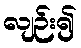
လျဉ်း၍